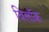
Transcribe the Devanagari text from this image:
विलॉक